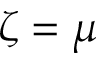
\zeta = \mu